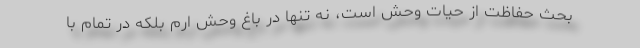
بحث حفاظت از حیات وحش است، نه تنها در باغ وحش ارم بلکه در تمام با